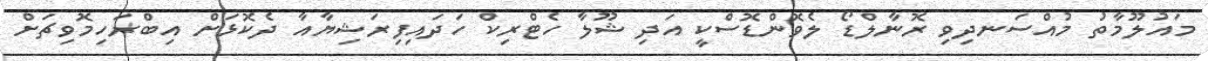
މައުލޫމާތު މުއްސަނދިވި ރޮނާލްޑޯ ލެވޮންޑޮސްކީ އަދި ޝޫލާ ހެޓްރިކް ހަދައިފިރަޝިޔާއާ ދެކޮޅަށް އިބްރަހިމޮވިޗަށް